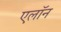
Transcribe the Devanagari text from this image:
एलाॅन